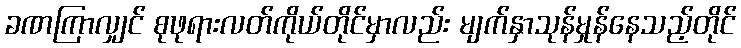
ခဏကြာလျှင် စုဖုရားလတ်ကိုယ်တိုင်မှာလည်း မျက်နှာသုန်မှုန်နေသည့်တိုင်